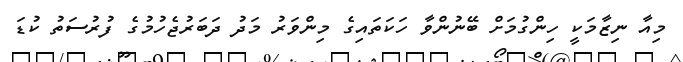
މިއާ ނިޒާމަކީ ހިންގުމަށް ބޭނުންވާ ހަކަތައިގެ މިންވަރު މަދު ދަބަރުޖެހުމުގެ ފުރުސަތު ކުޑަ